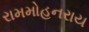
રામમોહનરાય